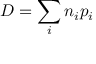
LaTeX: D = \sum _ { i } n _ { i } p _ { i }